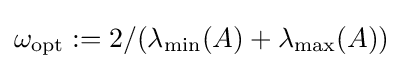
\omega _{\text{opt}}:=2/(\lambda _{\text{min}}(A)+\lambda _{\text{max}}(A))